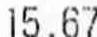
15.67